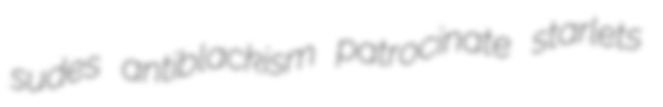
sudes antiblackism patrocinate starlets